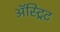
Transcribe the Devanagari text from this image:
ॲस्ट्रिट